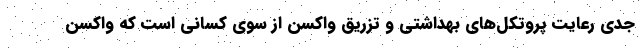
جدی رعایت پروتکل‌های بهداشتی و تزریق واکسن از سوی کسانی است که واکسن